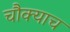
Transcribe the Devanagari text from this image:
चौक्याच